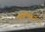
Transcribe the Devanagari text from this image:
अलिखान